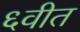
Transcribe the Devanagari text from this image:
६वीत